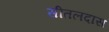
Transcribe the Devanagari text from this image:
सीतलदास